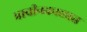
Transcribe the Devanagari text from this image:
प्राचीनकाळात